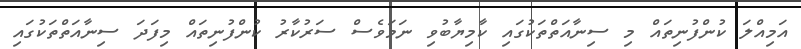
އަމިއްލަ ކުންފުނިތައް މި ސިނާއަތްތަކުގައި ކާމިޔާބުވި ނަމަވެސް ސަރުކާރު ކުންފުނިތައް މިފަދަ ސިނާއަތްތަކުގައި